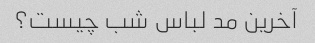
آخرین مد لباس شب چیست؟